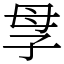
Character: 𡥘